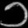
Digit: ၁